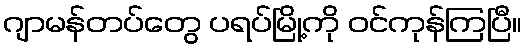
ဂျာမန်တပ်တွေ ပရပ်မြို့ကို ဝင်ကုန်ကြပြီ။